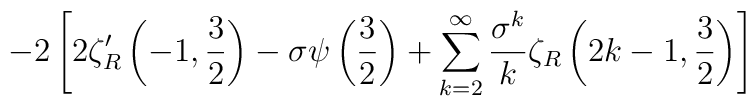
-2 \left[ 2\zeta'_R\left(-1,{3 \over 2}\right)-\sigma \psi\left({3 \over 2}\right)+\sum_{k=2}^\infty {\sigma^k \over  k} \zeta_R \left(2k-1,{3\over 2}\right)\right]